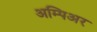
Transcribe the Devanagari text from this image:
अम्पिअर